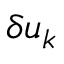
\delta u _ { k }